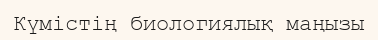
Күмістің биологиялық маңызы